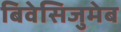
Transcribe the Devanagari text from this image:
बिवेसिजुमेब